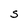
Character: S